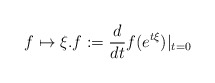
\begin{align*} f\mapsto \xi.f:=\frac{d}{dt} f(e^{t\xi}) |_{t=0}\end{align*}